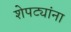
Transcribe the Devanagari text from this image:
शेपट्यांना